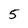
Character: 5